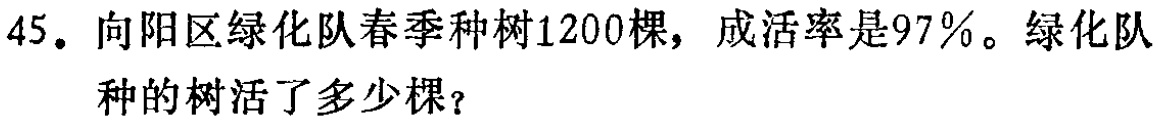
45. 向阳区绿化队春季种树1200棵，成活率是97%。绿化队种的树活了多少棵？